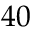
4 0